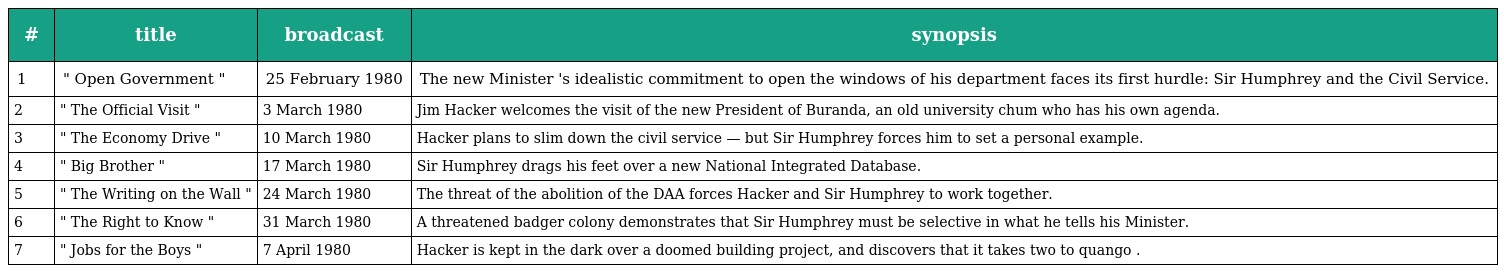
| # | title | broadcast | synopsis |
 | --- | --- | --- | --- |
 | 1 | " Open Government " | 25 February 1980 | The new Minister 's idealistic commitment to open the windows of his department faces its first hurdle: Sir Humphrey and the Civil Service. |
 | 2 | " The Official Visit " | 3 March 1980 | Jim Hacker welcomes the visit of the new President of Buranda, an old university chum who has his own agenda. |
 | 3 | " The Economy Drive " | 10 March 1980 | Hacker plans to slim down the civil service — but Sir Humphrey forces him to set a personal example. |
 | 4 | " Big Brother " | 17 March 1980 | Sir Humphrey drags his feet over a new National Integrated Database. |
 | 5 | " The Writing on the Wall " | 24 March 1980 | The threat of the abolition of the DAA forces Hacker and Sir Humphrey to work together. |
 | 6 | " The Right to Know " | 31 March 1980 | A threatened badger colony demonstrates that Sir Humphrey must be selective in what he tells his Minister. |
 | 7 | " Jobs for the Boys " | 7 April 1980 | Hacker is kept in the dark over a doomed building project, and discovers that it takes two to quango . |